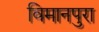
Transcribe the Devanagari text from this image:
विमानपुरा